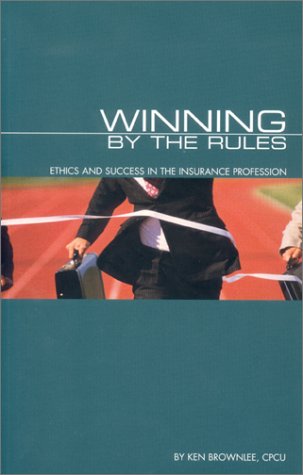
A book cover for Winning by the Rules: Ethics and Success in the Insurance Profession; Ken Brownlee; Engineering & Transportation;